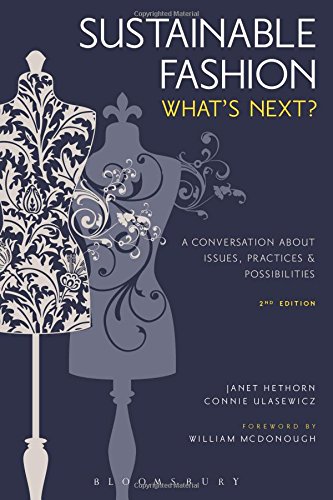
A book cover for Sustainable Fashion: What's Next? A Conversation about Issues, Practices and Possibilities; Janet Hethorn; Business & Money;